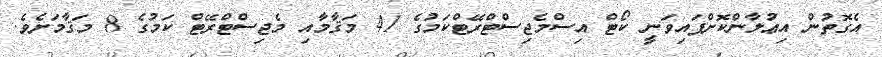
އެގޮތުން އިޢުލާންކޮށްފައިވަނީ ކޯޓް އިސްމެޖިސްޓްރޭޓްކަމުގެ 41 މަޤާމާއި މެޖިސްޓްރޭޓް ކަމުގެ 8 މަޤާމަށެވެ.